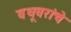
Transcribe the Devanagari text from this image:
वधूवरांचे